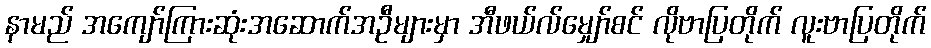
နာမည် အကျော်ကြားဆုံးအဆောက်အဦများမှာ အီဖယ်လ်မျှော်စင် လိုဗာပြတိုက် လူးဗာပြတိုက်